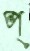
প্